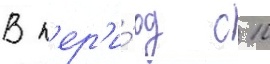
В п'ер'и́од с 10